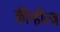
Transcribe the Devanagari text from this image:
कीन्होल्ज़